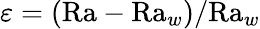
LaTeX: \varepsilon=(\textrm{Ra}-\textrm{Ra}_{w})/\textrm{Ra}_{w}